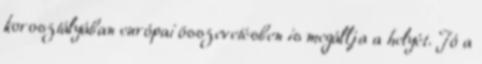
korosztályában európai összevetésben is megállja a helyét. Jó a